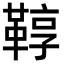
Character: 鞟